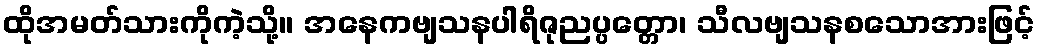
ထိုအမတ်သားကိုကဲ့သို့။ အနေကဗျသနပါရိဇုညပ္ပတ္တော၊ သီလဗျသနစသောအားဖြင့်